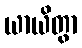
ယာယိတွာ